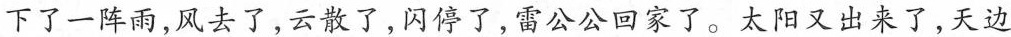
下了一阵雨，风去了，云散了，闪停了，雷公公回家了。太阳又出来了，天边